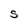
Character: S